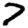
Digit: 7